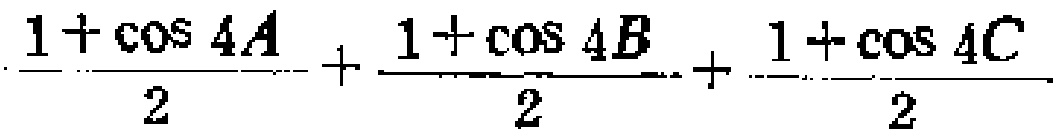
\frac{1 + \cos 4A}{2} + \frac{1 + \cos 4B}{2} + \frac{1 + \cos 4C}{2}